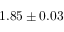
1 . 8 5 \pm 0 . 0 3